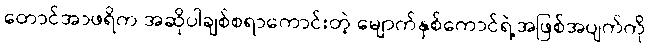
တောင်အာဖရိက အဆိုပါချစ်စရာကောင်းတဲ့ မျောက်နှစ်ကောင်ရဲ့အဖြစ်အပျက်ကို